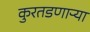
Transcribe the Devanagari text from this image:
कुरतडणाऱ्या